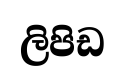
ලිපිඩ